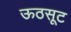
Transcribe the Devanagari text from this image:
ऊठसूट